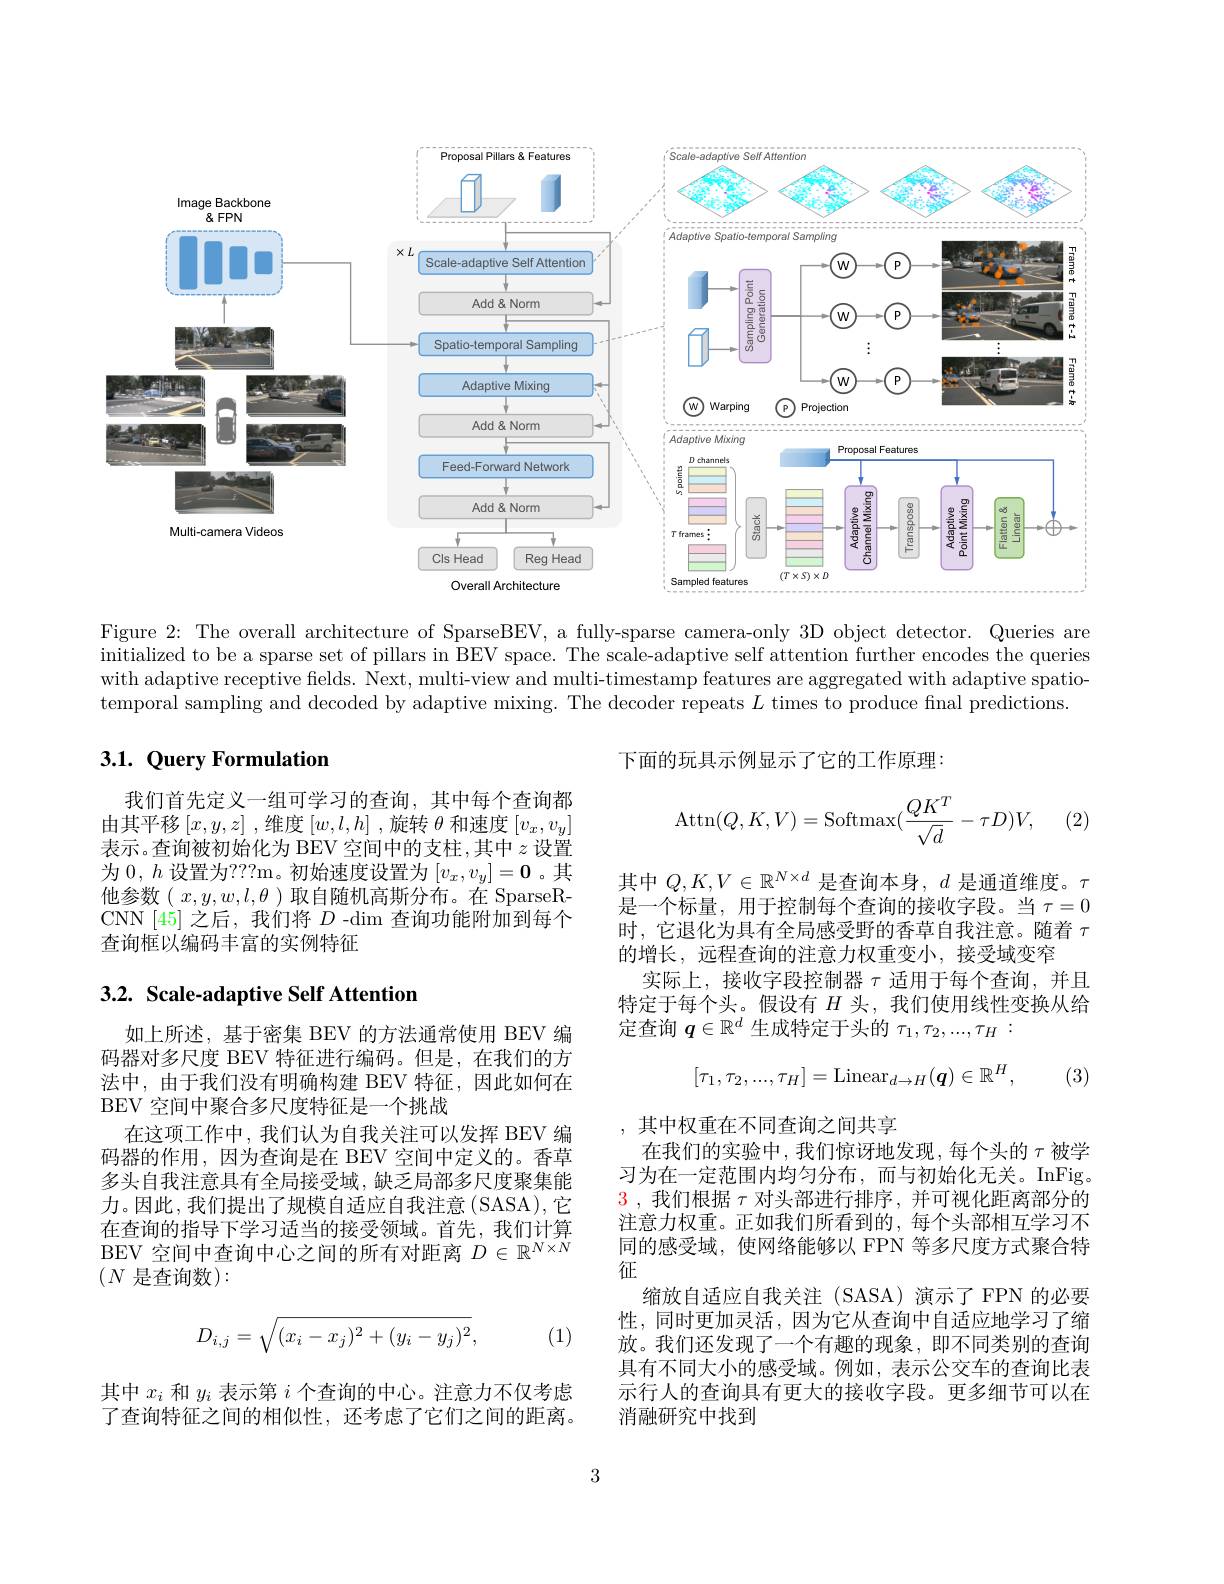
<FigureHere>

Figure 2: The overall architecture of SparseBEV, a fully-sparse camera-only 3D object detector. Queries are initialized to be a sparse set of pillars in BEV space. The scale-adaptive self attention further encodes the queries with adaptive receptive fields. Next, multi-view and multi-timestamp features are aggregated with adaptive spatiotemporal sampling and decoded by adaptive mixing. The decoder repeats $L$ times to produce final predictions

下面的玩具示例显示了它的工作原理：

## $3. 1. \textbf{ Query Formulation}$
$$\mathrm{Attn}(Q,K,V)=\mathrm{Softmax}(\frac{QK^T}{\sqrt{d}}-\tau D)V,$$
(2)

我们首先定义一组可学习的查询，其中每个查询都由其平移$\left[x,y,z\right]$,维度$\left[w,l,h\right]$,旋转$\theta$和速度$\left[v_x,v_y\right]$ 表示。查询被初始化为 BEV 空间中的支柱，其中$z$设置为$0,h$设置为？??m。初始速度设置为$[v_x,v_y]=\mathbf{0}$ 。其他参数( $x,y,w,l,\theta$ )取自随机高斯分布。在 SparseRCNN [45]之后，我们将$D$ -dim 查询功能附加到每个查询框以编码丰富的实例特征

其中$Q,K,V\in\mathbb{R}^{N\times d}$是查询本身，$d$是通道维度。$\tau$ 是一个标量，用于控制每个查询的接收字段。当$\tau=0$ 时，它退化为具有全局感受野的香草自我注意。随着$\tau$ 的增长，远程查询的注意力权重变小，接受域变窄
实际上，接收字段控制器$\tau$ 适用于每个查询，并且特定于每个头。假设有$H$头，我们使用线性变换从给定查询$q\in\mathbb{R}^d$生成特定于头的$\tau_1,\tau_2,...,\tau_H:$

## 3.2. Scale-adaptive Self Attention
$$[\tau_1,\tau_2,...,\tau_H]=\mathrm{Linear}_{d\to H}(\boldsymbol{q})\in\mathbb{R}^H,$$
(3)

如上所述，基于密集 BEV 的方法通常使用 BEV 编码器对多尺度 BEV 特征进行编码。但是，在我们的方法中，由于我们没有明确构建 BEV 特征，因此如何在BEV 空间中聚合多尺度特征是一个挑战
在这项工作中，我们认为自我关注可以发挥 BEV 编码器的作用，因为查询是在 BEV 空间中定义的。香草多头自我注意具有全局接受域，缺乏局部多尺度聚集能力。因此，我们提出了规模自适应自我注意(SASA),它在查询的指导下学习适当的接受领域。首先，我们计算BEV 空间中查询中心之间的所有对距离$D\in\mathbb{R}^N\times N$ $(N$ 是查询数):

,其中权重在不同查询之间共享
在我们的实验中，我们惊讶地发现，每个头的$\tau$被学习为在一定范围内均匀分布，而与初始化无关。InFig。$\color{red}{3}$,我们根据$\tau$对头部进行排序，并可视化距离部分的注意力权重。正如我们所看到的，每个头部相互学习不同的感受域，使网络能够以 FPN 等多尺度方式聚合特征
缩放自适应自我关注 (SASA)演示了FPN 的必要性，同时更加灵活，因为它从查询中自适应地学习了缩放。我们还发现了一个有趣的现象，即不同类别的查询具有不同大小的感受域。例如，表示公交车的查询比表示行人的查询具有更大的接收字段。更多细节可以在消融研究中找到
$$D_{i,j}=\sqrt{(x_i-x_j)^2+(y_i-y_j)^2},$$
(1)

其中$x_i$和$y_i$表示第$i$个查询的中心。注意力不仅考虑了查询特征之间的相似性，还考虑了它们之间的距离。

3